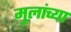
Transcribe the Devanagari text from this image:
मुलांच्‍या